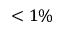
< 1 \%